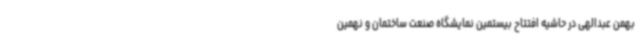
بهمن عبدالهی در حاشیه افتتاح بیستمین نمایشگاه صنعت ساختمان و نهمین